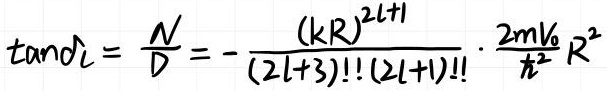
$\tan \alpha_{l}=\frac{N}{D}=-\frac{(k R)^{2 l+1}}{(2 l+3) ! !(2 l+1) ! !} \cdot \frac{2 m V_{0}}{\hbar^{2}} R^{2}$